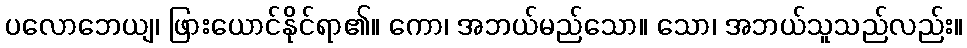
ပလောဘေယျ၊ ဖြားယောင်နိုင်ရာ၏။ ကော၊ အဘယ်မည်သော။ သော၊ အဘယ်သူသည်လည်း။